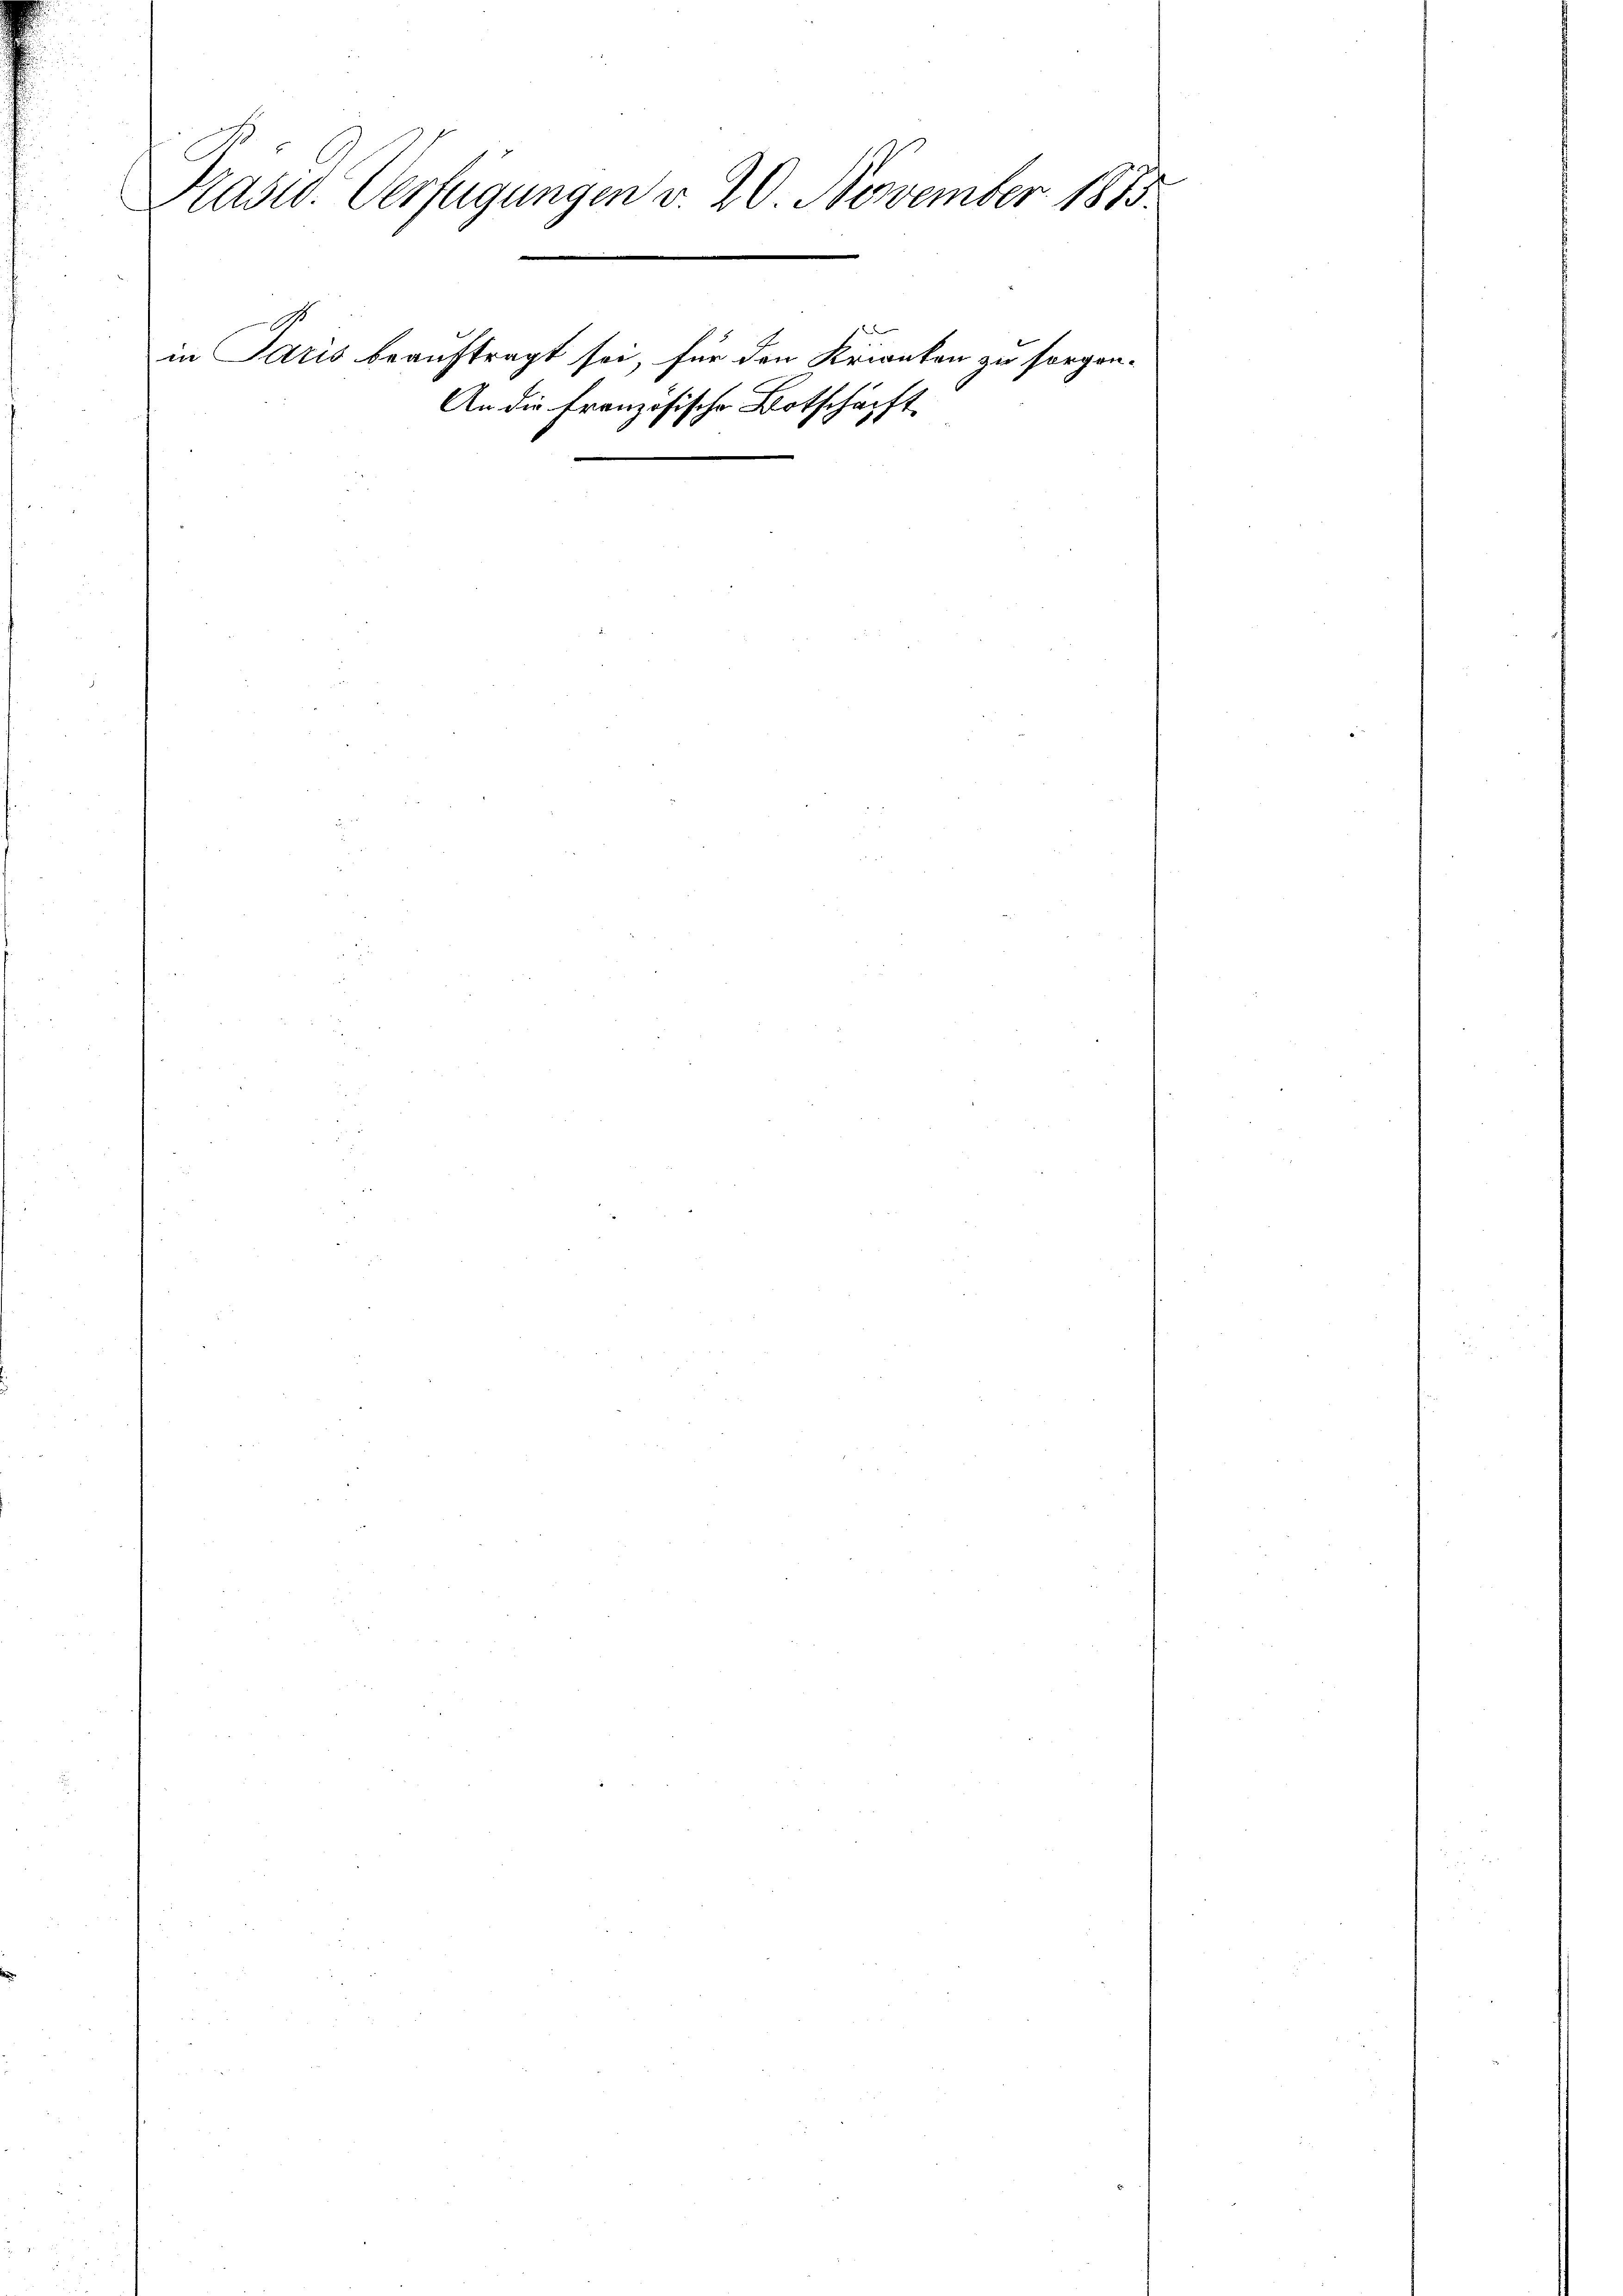
Präsid. Verfügungen v. 20. November 1875.
in Paris beauftragt sei, für den Krienten zu sorgen¬
Botschäft.
An die Französische

1 f 0 x